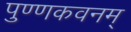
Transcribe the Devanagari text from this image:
पुण्णकवनम्